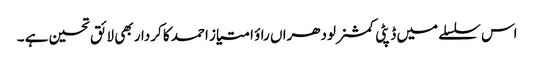
اس سلسلے میں ڈپٹی کمشنر لودھراں راؤ امتیاز احمد کا کردار بھی لائق تحسین ہے ۔